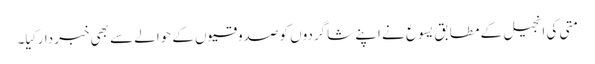
‏ متی کی اِنجیل کے مطابق یسوع نے اپنے شاگردوں کو صدوقیوں کے حوالے سے بھی خبردار کِیا۔